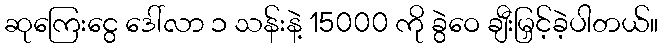
ဆုကြေးငွေ ဒေါ်လာ ၁ သန်းနဲ့ 15000 ကို ခွဲဝေ ချီးမြှင့်ခဲ့ပါတယ်။